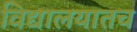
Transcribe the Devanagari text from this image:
विद्यालयातच